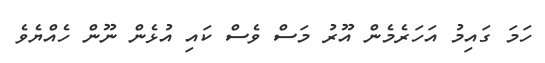
ހަމަ ގައިމު އަހަރެމެން އޫރު މަސް ވެސް ކައި އުޅެން ނޫން ހެއްޔެވެ